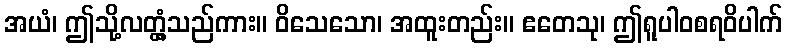
အယံ၊ ဤသို့လတ္တံ့သည်ကား။ ဝိသေသော၊ အထူးတည်း။ ဧတေသု၊ ဤရူပါဝစရဝိပါက်